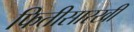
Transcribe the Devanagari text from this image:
फितीसारखी